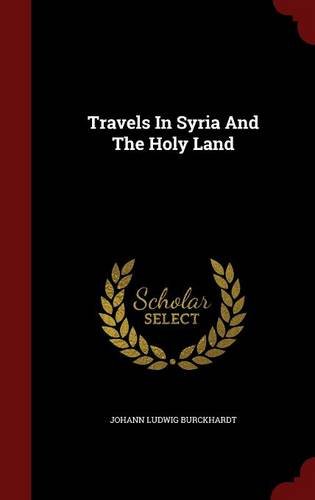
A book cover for Travels In Syria And The Holy Land; Johann Ludwig Burckhardt; History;